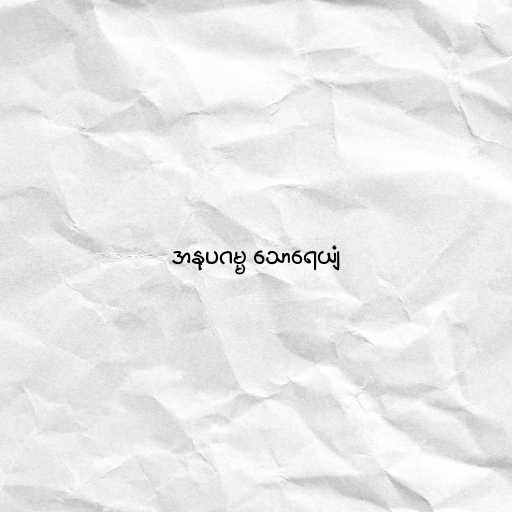
အနုပဂမ္မ သောရေယျံ